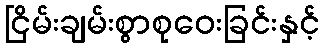
ငြိမ်းချမ်းစွာစုဝေးခြင်းနှင့်